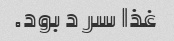
غذا سر د بود.